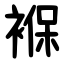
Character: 褓